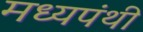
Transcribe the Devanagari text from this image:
मध्यपंथी